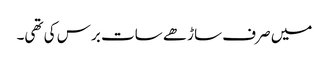
میں صرف ساڑھے سات برس کی تھی۔